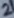
Text: 2